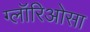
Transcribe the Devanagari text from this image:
ग्लॉरिओसा